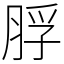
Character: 脬